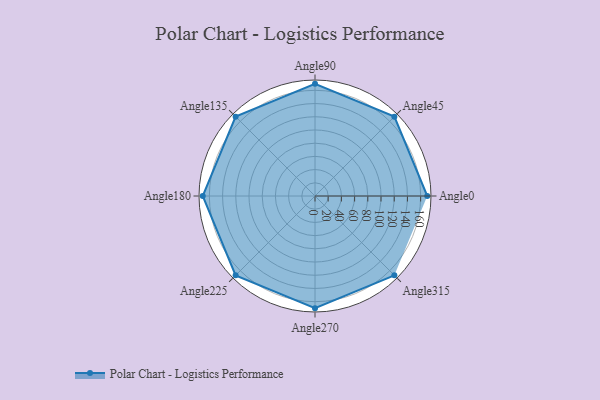
{"axis": {"x": "Angle", "y": "Radius"}, "legend": [""], "data": [{"x": "Angle0", "y": 170, "type": ""}, {"x": "Angle45", "y": 170, "type": ""}, {"x": "Angle90", "y": 170, "type": ""}, {"x": "Angle135", "y": 170, "type": ""}, {"x": "Angle180", "y": 170, "type": ""}, {"x": "Angle225", "y": 170, "type": ""}, {"x": "Angle270", "y": 170, "type": ""}, {"x": "Angle315", "y": 170, "type": ""}]}